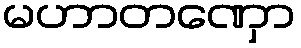
မဟာတဏှော